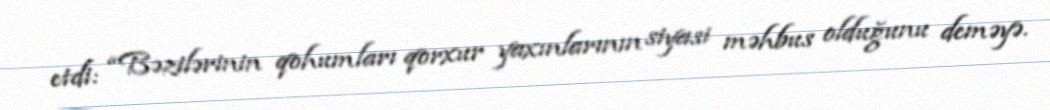
etdi: “Bəzilərinin qohumları qorxur yaxınlarının siyasi məhbus olduğunu deməyə.